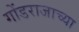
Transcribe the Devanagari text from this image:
गोंडराजाच्या